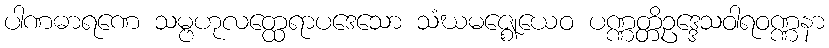
ပါဏဓာရဏေ သမ္ဗဟုလတ္ထေရာပဒေသော သံဃမဇ္ဈေယေဝ ပဏ္ဏတ္တိဥဒ္ဒေသဝါရဝဏ္ဏနာ